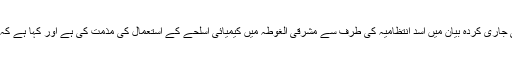
اجلاس کے بعد نیٹو کے سیکرٹری جنرل جین اسٹالٹن برگ نے بھی جاری کردہ بیان میں اسد انتظامیہ کی طرف سے مشرقی الغوطہ میں کیمیائی اسلحے کے استعمال کی مذمت کی ہے اور کہا ہے کہ ہم امریکہ کی زیر قیادت شامی آپریشن کے ساتھ تعاون کرتے ہیں۔